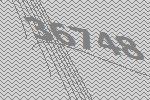
36748